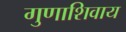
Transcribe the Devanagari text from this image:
गुणाशिवाय